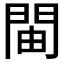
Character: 𫔞